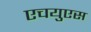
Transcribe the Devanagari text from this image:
एचयुएस